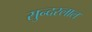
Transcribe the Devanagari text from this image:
सुन्‍दरलाल